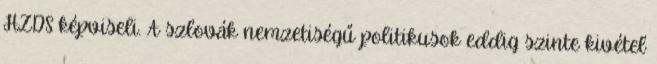
HZDS képviseli. A szlovák nemzetiségű politikusok eddig szinte kivétel